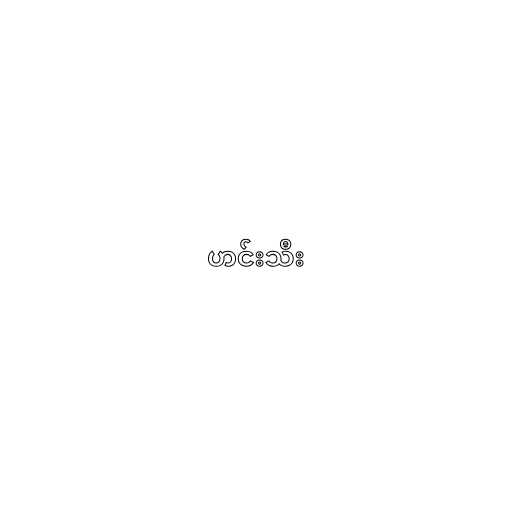
ဟင်းသီး